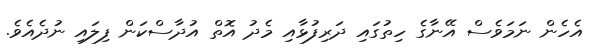
އެހެން ނަމަވެސް އޭނާގެ ހިތުގައި ދަރިފުޅާއި މެދު އޮތް އުދާސްކަން ފިލައި ނުދެއެވެ.